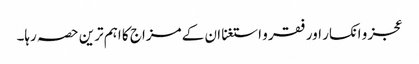
عجز و انکسار اور فقر و استغنا ان کے مزاج کا اہم ترین حصہ رہا۔